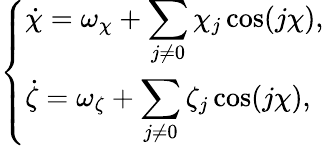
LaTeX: \begin{array}{r}{\left\{ \begin{array}{l}{\displaystyle\dot{\chi}=\omega_{\chi}+\sum_{j\ne 0}\chi_{j}\cos(j\chi),}\\ {\displaystyle\dot{\zeta}=\omega_{\zeta}+\sum_{j\ne 0}\zeta_{j}\cos(j\chi),}\end{array}\right.}\end{array}